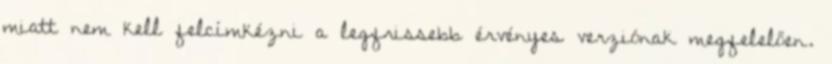
miatt nem kell felcímkézni a legfrissebb érvényes verziónak megfelelően.